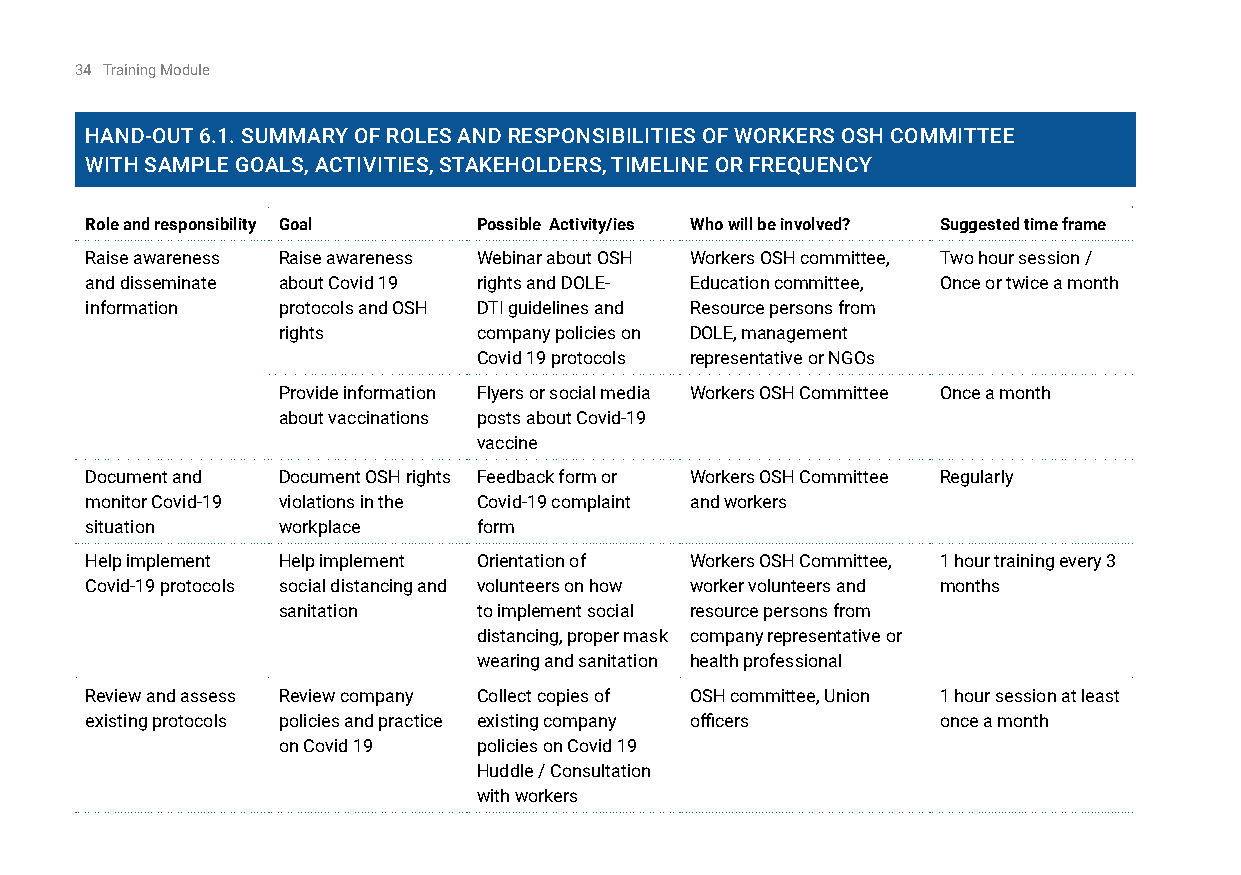
34 Training Module
 Hand-OuT 6.1. SuMMary Of rOlES and rESPOnSiBiliTiES Of WOrkErS OSH COMMiTTEE
 WiTH SaMPlE gOalS, aCTiviTiES, STakEHOldErS, TiMElinE Or frEquEnCy
 Role and responsibility Goal Possible Activity/ies Who will be involved? Suggested time frame
 Raise awareness Raise awareness Webinar about OSH Workers OSH committee, Two hour session /
 and disseminate about Covid 19 rights and DOLE- Education committee, Once or twice a month
 information protocols and OSH DTI guidelines and Resource persons from
 rights        company policies on DOLE, management
 Covid 19 protocols representative or NGOs
 Provide information Flyers or social media Workers OSH Committee Once a month
 about vaccinations posts about Covid-19
 vaccine
 Document and Document OSH rights Feedback form or Workers OSH Committee Regularly
 monitor Covid-19 violations in the Covid-19 complaint and workers
 situation   workplace     form
 Help implement Help implement Orientation of Workers OSH Committee, 1 hour training every 3
 Covid-19 protocols social distancing and volunteers on how worker volunteers and months
 sanitation    to implement social resource persons from
 distancing, proper mask company representative or
 wearing and sanitation health professional
 Review and assess Review company Collect copies of OSH committee, Union 1 hour session at least
 existing protocols policies and practice existing company officers once a month
 on Covid 19   policies on Covid 19
 Huddle / Consultation
 with workers